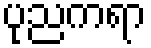
ပုညကရာ